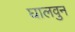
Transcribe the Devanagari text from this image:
घालवुन